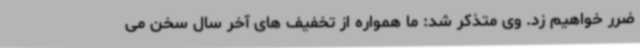
ضرر خواهیم زد. وی متذکر شد: ما همواره از تخفیف های آخر سال سخن می